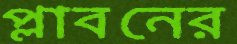
প্লাবনের